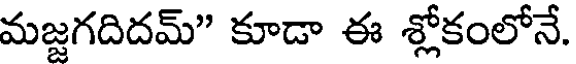
మజ్జగదిదమ్" కూడా ఈ శ్లోకంలోనే.